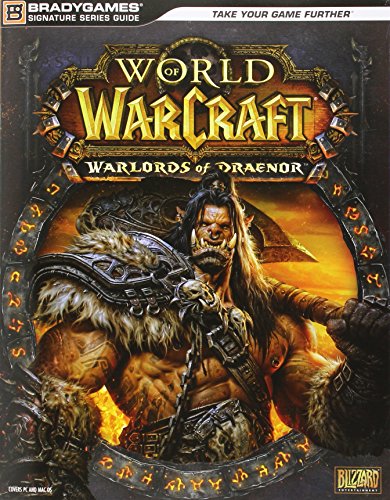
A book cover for World of Warcraft: Warlords of Draenor Signature Series Strategy Guide; BradyGames; Computers & Technology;